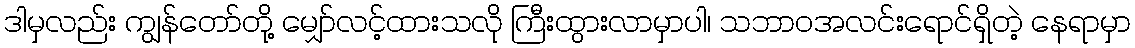
ဒါမှလည်း ကျွန်တော်တို့ မျှော်လင့်ထားသလို ကြီးထွားလာမှာပါ၊ သဘာဝအလင်းရောင်ရှိတဲ့ နေရာမှာ